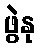
ဖွဲနု